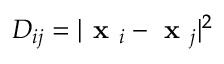
D _ { i j } = | \textbf { x } _ { i } - \textbf { x } _ { j } | ^ { 2 }